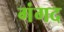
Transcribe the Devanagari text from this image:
गंगद